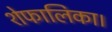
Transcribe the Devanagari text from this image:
शेफालिका।